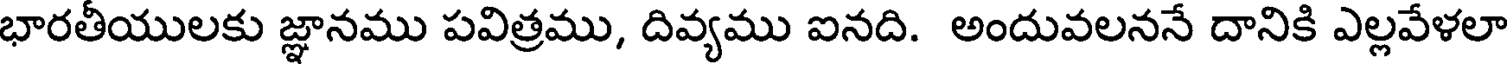
భారతీయులకు జ్ఞానము పవిత్రము, దివ్యము ఐనది. అందువలననే దానికి ఎల్లవేళలా